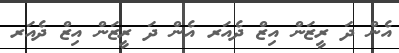
އެން ދަ ރީޒަން އިޒް ދެއަރ އެން ދަ ރީޒަން އިޒް ދެއަރ